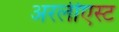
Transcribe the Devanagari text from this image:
अरलीएस्ट